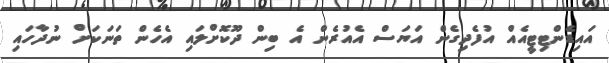
އައިޑެންޓިޓީއެއް އުފެދިގެން އަޔަސް އެއުރެން އެ ބިން ދޫކޮށްލައި އެހެން ތަނަކަށް ނުދާހައި